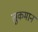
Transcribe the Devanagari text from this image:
लुकमान